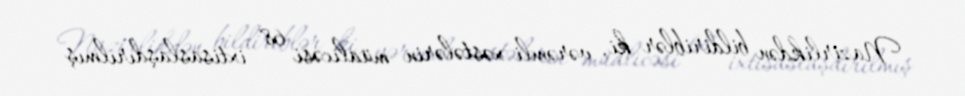
Nazirlikdən bildiriblər ki, vərəmli xəstələrin müalicəsi 68 ixtisaslaşdırılmış